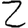
Digit: 2